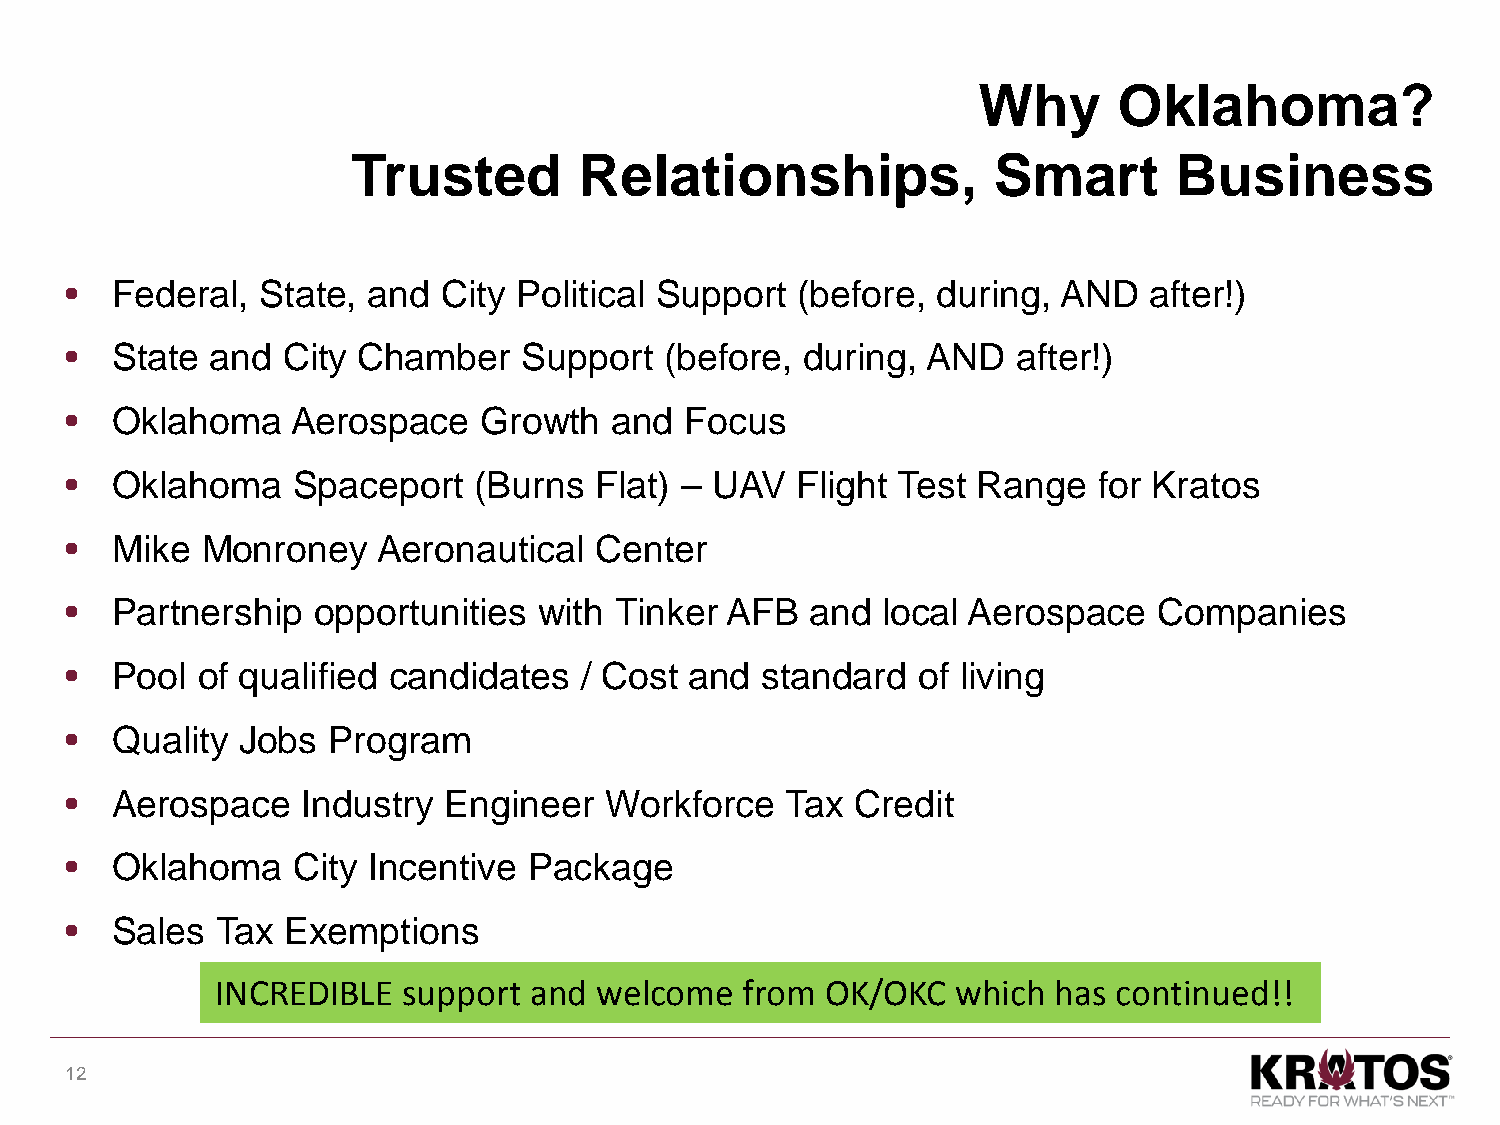
Why      Oklahoma?
 Trusted        Relationships,              Smart       Business
 •  Federal,  State, and  City Political Support  (before, during, AND   after!)
 •  State  and  City Chamber    Support  (before, during, AND   after!)
 •  Oklahoma    Aerospace    Growth   and Focus
 •  Oklahoma    Spaceport   (Burns  Flat) – UAV   Flight Test Range   for Kratos
 •  Mike  Monroney    Aeronautical  Center
 •  Partnership   opportunities  with Tinker AFB   and local Aerospace    Companies
 •  Pool  of qualified candidates  / Cost  and standard   of living
 •  Quality  Jobs  Program
 •  Aerospace    Industry Engineer   Workforce   Tax  Credit
 •  Oklahoma    City Incentive  Package
 •  Sales  Tax  Exemptions
 INCREDIBLE   support and  welcome  from  OK/OKC  which  has continued!!
 12